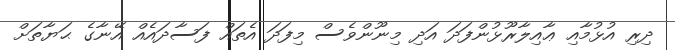
ދިރި އުޅުމާއި ޢާއިލާރޫޅުންފަދަ އަދި މިނޫންވެސް މިފަދަ އެތައް ފަސާދައެއް އޭނާގެ ޙަޔާތަށް